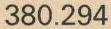
380.294